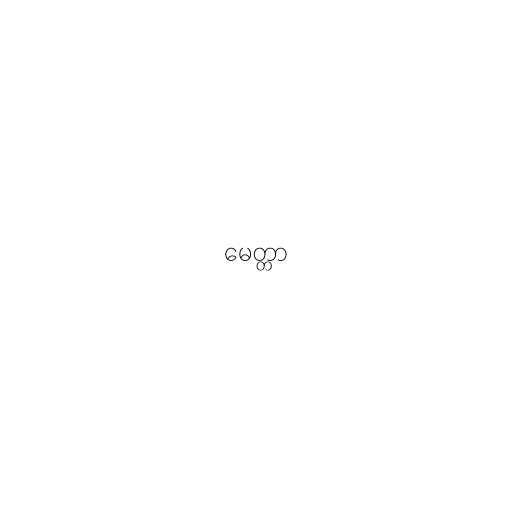
မေတ္တာ